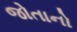
જોતાનો